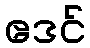
ဧဒင်